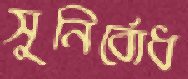
সুনির্বোধ